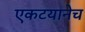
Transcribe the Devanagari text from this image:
एकटयानेच